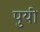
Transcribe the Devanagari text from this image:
पुयी